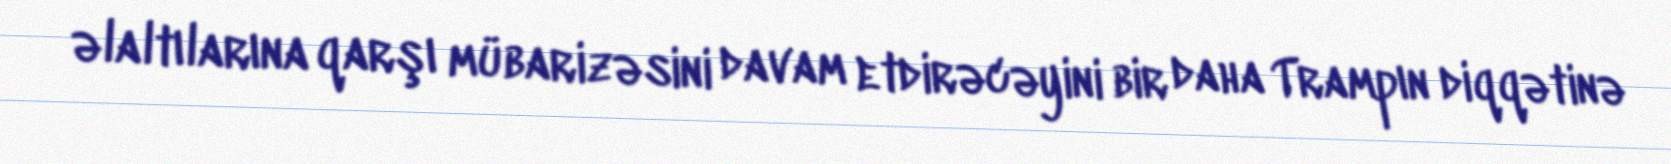
əlaltılarına qarşı mübarizəsini davam etdirəcəyini bir daha Trampın diqqətinə